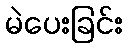
မဲပေးခြင်း